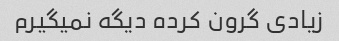
زیادی گرون کرده دیگه نمیگیرم